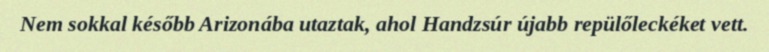
Nem sokkal később Arizonába utaztak, ahol Handzsúr újabb repülőleckéket vett.